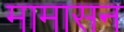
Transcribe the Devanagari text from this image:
मामासन